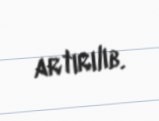
artırılıb.